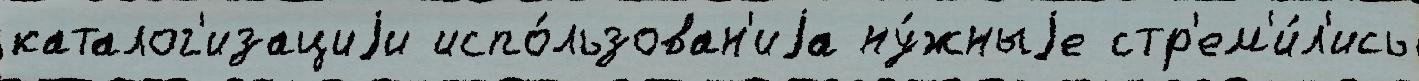
каталог'изациjи испо́льзован'иjа ну́жныjе стр'ем'и́л'ись